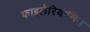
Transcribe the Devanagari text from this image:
फाइलेरियासिस